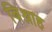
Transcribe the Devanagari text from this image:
बिश्नाह